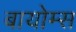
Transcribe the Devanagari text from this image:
बायोम्स